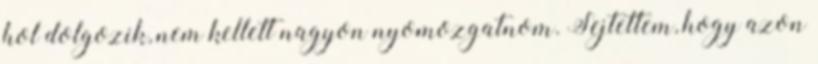
hol dolgozik, nem kellett nagyon nyomozgatnom. Sejtettem, hogy azon